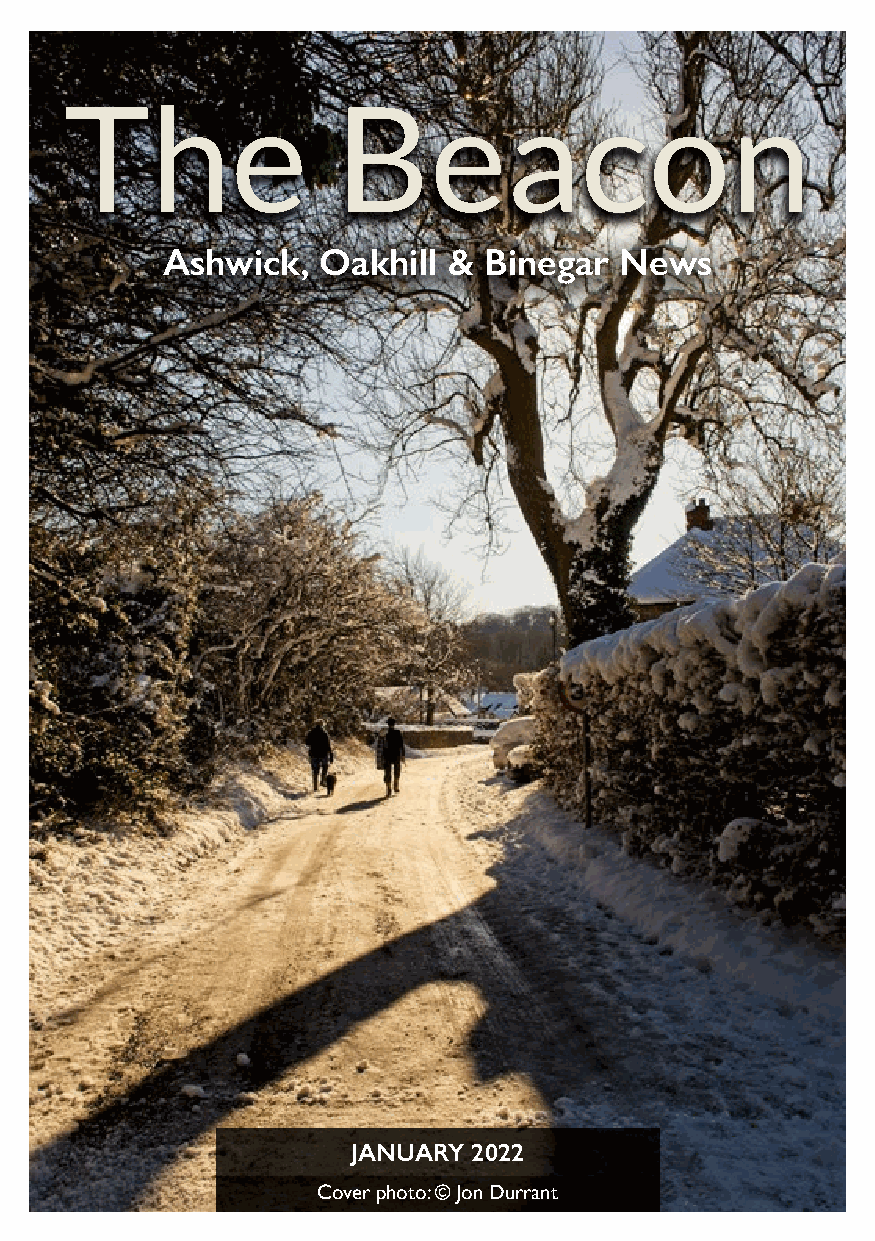
The               Beacon
 Ashwick,  Oakhill  & Binegar  News
 JANUARY 2022
 Cover photo: © Jon Durrant